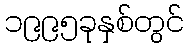
၁၉၉၅ခုနှစ်တွင်